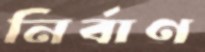
নির্বাণ